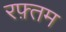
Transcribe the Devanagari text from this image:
रफ़्तम